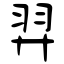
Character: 羿